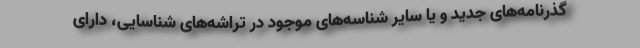
گذرنامه‌های جدید و یا سایر شناسه‌های موجود در تراشه‌های شناسایی، دارای